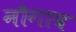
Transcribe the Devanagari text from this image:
नौगाव